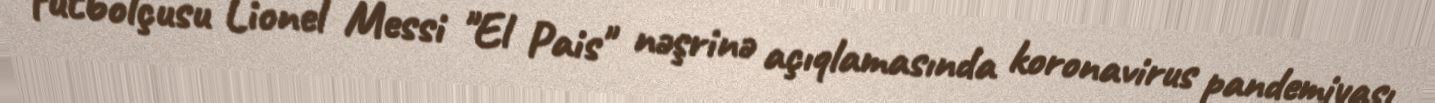
futbolçusu Lionel Messi "El Pais" nəşrinə açıqlamasında koronavirus pandemiyası